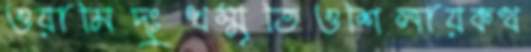
ওয়ামিদুঃখস্মৃতিওশিলায়কথ